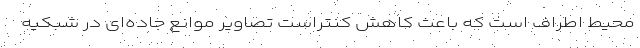
محیط اطراف است که باعث کاهش کنتراست تصاویر موانع جاده‌ای در شبکیه